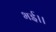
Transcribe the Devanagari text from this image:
भई।।